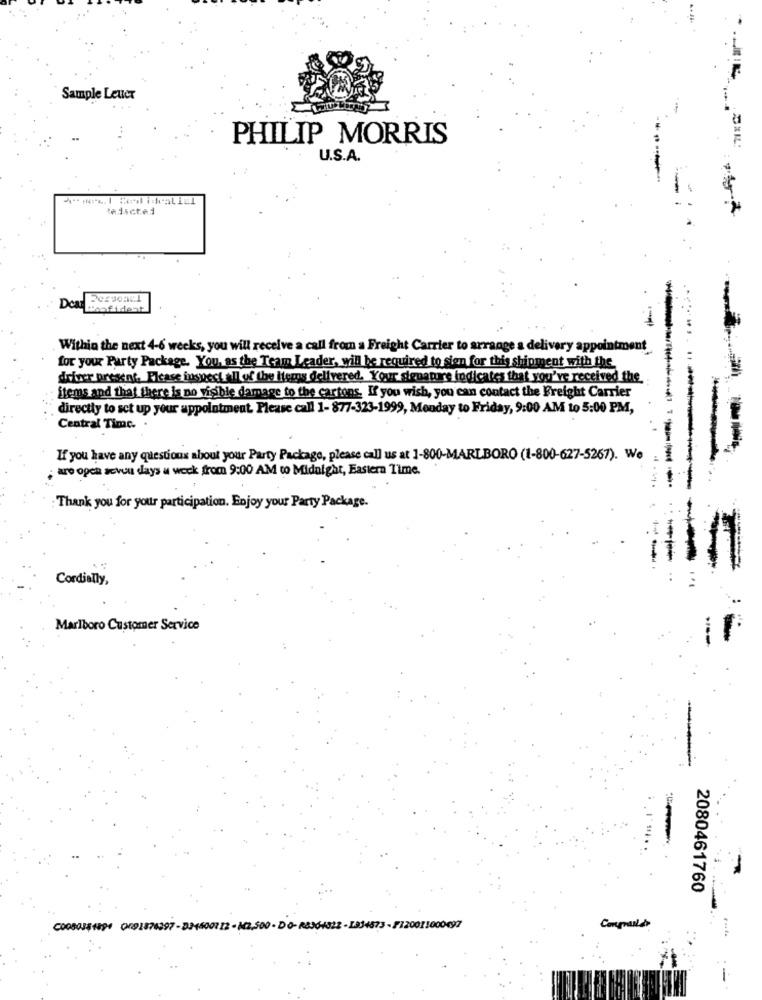
Sample Leuer
PHILIP MORRIS
U.S.A.
Pedicted
Des
Confident
Within the next 4-6 weeks, you will receive a call from a Freight Carrier to arrange a delivery appointment
for your Party Package. You, as the Team Igader, will be required to sien for this shipment with the
driver present. Please inspectall of the Items delivered. Your denature indicates that you've received the.
items and that there is no visible damage to the cartons. If you wish, you can contact the Freight Carrier
directly to set up your appointment. Please call 1- 877-323-1999, Monday to Friday, 9:00 AM to 5:00 PM,
Central Timc.
If you have any questions about your Party Package, please call us at 1-800-MARLBORO (1-800-627-5267). We
are open seven days a week from 9:00 AM to Midnight, Eastern Time.
Thank you for your participation. Enjoy your Party Package.
-
Cordially,
Marlboro Customer Service
2080461760
C0050341194 0191874297 - 334600112 - M2.500 - DO-18364322 -1834373- F120011000497
Comprasdo